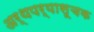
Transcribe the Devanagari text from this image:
अर्थपर्यासूचक